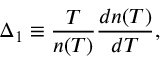
\Delta _ { 1 } \equiv \frac { T } { n ( T ) } \frac { d n ( T ) } { d T } ,